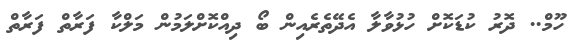
ހޫމް.. ދޮރު ކުޑަކޮށް ހުޅުވާލާ އެދޭތެރެއިން ބޯ ދިއްކޮށްލަމުން މަލްކާ ފަރާތް ފަރާތް